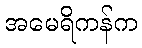
အမေရိကန်က